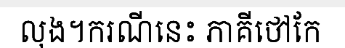
លុង។ករណីនេះ ភាគីថៅកែ